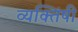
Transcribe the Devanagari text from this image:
व्यक्तिंषी